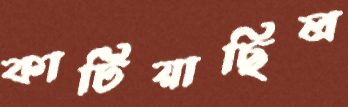
কাটিয়াছিল